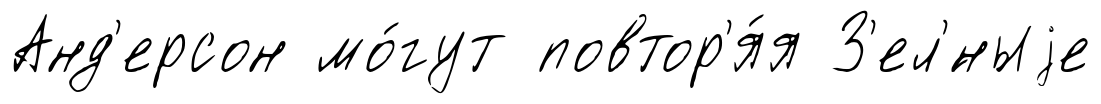
Анд'ерсон мо́гут повтор'я́я З'ел'́ныjе